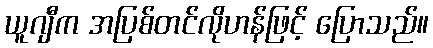
ယူဂျီက အပြစ်တင်လိုဟန်ဖြင့် ပြောသည်။